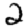
Digit: 2